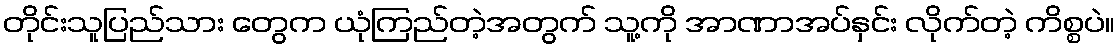
တိုင်းသူပြည်သား တွေက ယုံကြည်တဲ့အတွက် သူ့ကို အာဏာအပ်နှင်း လိုက်တဲ့ ကိစ္စပဲ။